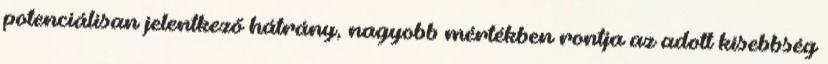
potenciálisan jelentkező hátrány, nagyobb mértékben rontja az adott kisebbség